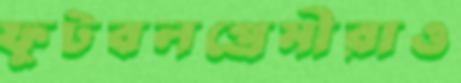
ফুটবলপ্রেমীরাও